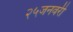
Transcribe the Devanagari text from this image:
२५जनवरी